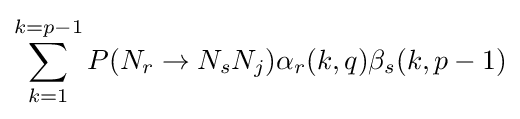
\sum _{k=1}^{k=p-1}P(N_{r}\rightarrow N_{s}N_{j})\alpha _{r}(k,q)\beta _{s}(k,p-1)